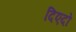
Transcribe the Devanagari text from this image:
दिएदो